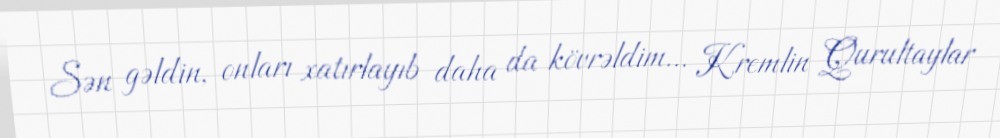
Sən gəldin, onları xatırlayıb daha da kövrəldim... Kremlin Qurultaylar